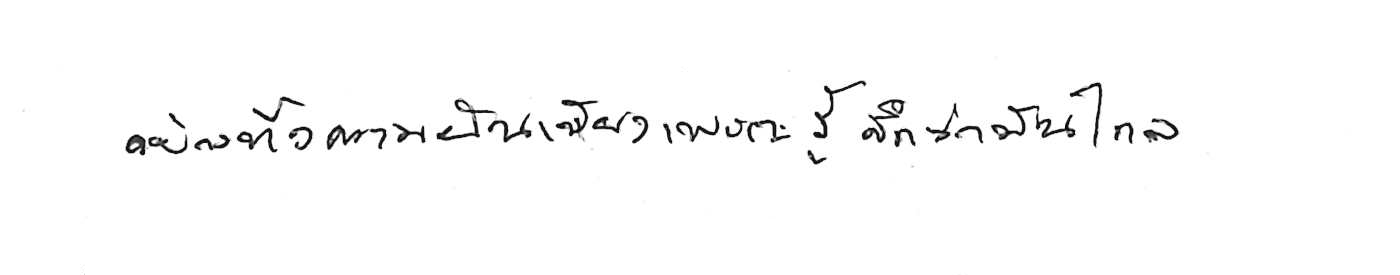
อย่าทิ้งความฝัน เพียงเพราะรู้สึกว่ามันไกล